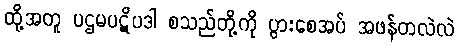
ထို့အတူ ပဌမပဋိပဒါ စသည်တို့ကို ပွားစေအပ် အဖန်တလဲလဲ